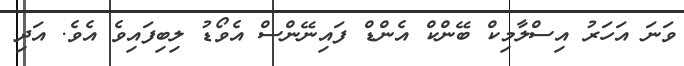
ވަނަ އަހަރު އިސްލާމިކް ބޭންކް އެންޑް ފައިނޭންސް އެވޯޑު ލިބިފައިވެ އެވެ. އަދި